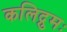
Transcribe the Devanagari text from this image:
कलिद्रुमः